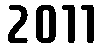
2011